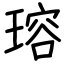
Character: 瑢